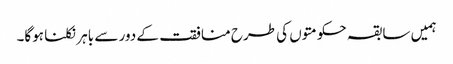
ہمیں سابقہ حکومتوں کی طرح منافقت کے دور سے باہر نکلنا ہوگا۔